Calcutta medical institutions reports 1879-81 [i.e.91]
Year: 1879
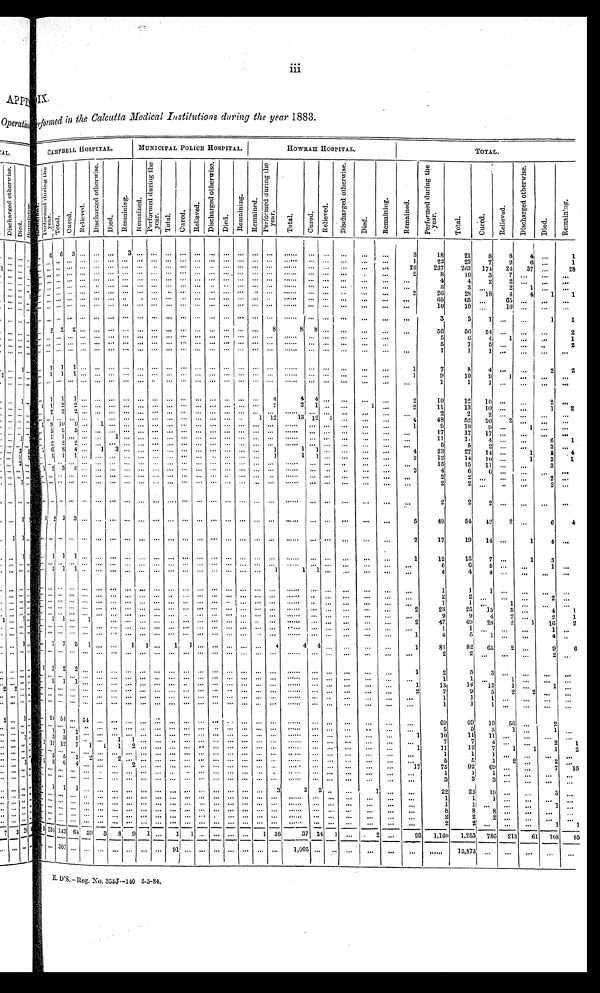
IX.
fo rmed in the Calcutta Medical Institutions during the year 1883.
CAMPBELL HOSPITAL.
MUNICIPAL POLICE HOSPITAL.
HOWRAH HOSPITAL.
TOTAL.
R e m a i n e d .
P e r f o r m e d d u r i n g t h e y e a r . Total.
Cur ed.
Relieved.
D i s c h a r g e d o t h e r w i s e .
Di ed.
Re ma i n i n g .
R e ma i n e d .
P e r f o r m e d d u r i n g t h e y e a r .
Tot al . Cu r e d .
R e l i e v e d .
D i s c h a r g e d o t h e r w i s e .
Died.
Re ma i n i n g . Re ma i n e d .
P e r f o r m e d d u r i n g t h e y e a r .
Total.
C u r e d .
Re l i e v e d .
D i s c h a r g e d o t h e r w i s e .
Died.
Re ma i n i n g .
Remai ned.
P e r f o r m e d d u r i n g t h e y e a r .
T o t a l .
C u r e d .
Rel i eved.
D i s c h a r g e d o t h e r w i s e .
D i e d .
Remaining.
...
6 6
3 ... ...
... 3
. . .
... ...
. . . ... ... ... ... ... . . .
...
. . .
...
...
...
...
3
18
21
8
8
4 ...
1
... ... ... .. ... ... ... ... ... ... ... ... ... ... ... ... ... ... ...
... ... ...
...
...
1
22
23
7
9
6 . . .
1
... ... ... ... ... ... ... ... ...
... ... ...
... ... ... .... ... . . .
...
... ... ...
...
...
2 6
2 3 7
2 6 3
1 7 4
24
3 7 . . .
2 8
... ... ... ... ... ... ... ... ... ... ... ... ... ... ... ... ... . . .
...
... ... ...
...
...
2
8
1 0 3
7
. . .
. . .
. . .
... ... ... ... ... ... ... ... ... ... ... ... ... ... ... . . .
... . . .
...
... ... ...
...
...
...
4
42
2
. . .
. . .
. . .
... ... ... ... ... ... ... ... ... ... ... ... ... ... ... ... ... . . .
...
... ... ...
...
...
...
3
3 . . .
2
1
. . .
. . .
... ... ... ... ... ... ... ... ... ... ... ... ... ... ... ... ... . . .
...
... ... ...
...
...
2
2 6
2 8
1 8
4 4
1 1
... ... ... ... ... ... ... ...
. . . ... ... ... ... ... ... ... ... . . .
...
... ... ...
...
...
...
6 5
6 5 . . .
65...
...
. . .
... ... ... ... ... ... ... ... ... ... ... ... ... ... ... ... ... . . .
...
... ... ...
...
...
...
1 0
1 0
. . .
10 ...
. . .
. . . .
... ... ... ... ... ... ... ... ... ... ... ... ... ... ... ... ... ... ...
... ... ...
...
...
...
3
3
1
... ...
1 1
...
2 2
2 ... ... ... ... ... ... ... ... ... ... ... ... ...
8
8
8 ... ...
...
...
...
5 6
5 6 5 4 ...
...
...
2
...
. . . . . . ... ... ... ... ... ... ... ... ... ... ... ... ... ...
. . . . . .
... ... ...
...
...
5
6 4
1
...
. . .
1
...
. . . . . . ... ... ... ... ... ... ... ... ... ... ... ... ... ... . . .
. . .
... ... ...
...
...
5
7 5
... ...
...
2
...
. . . . . . ... ... ... ... ... ... ... ... ... ... ... ... ... ... . . .
. . .
... ... ...
...
...
...
1
1 1
......
...
. . .
...
1 1 1 ... ... ... ... ... ... ... ... ... ... ... ... ...
. . .
. . .
... ... ...
...
...
1
7
8
4
...
. . .
2 2
...
1 1 1 ... ... ... ... ... ... ... ... ... ... ... ... ...
. . .
. . .
... ... ...
...
...
1
9
1 0 9
1
. . .
...
. . .
...
. . . . . . ... ... ...
... ... ... ... ...
... ... ... ... ... ... . . .
. . .
... ... ...
...
...
...
1
11
...
. . .
...
. . .
...
1 1 1 ... ... ... ... ... ... ... ... ... ... ...
... ...
4
4 4 ... ...
...
...
2
1 0
1 2 1 0 ...
. . .
2
. . .
1 1
2
2 ... ... ... ... ... ... ... ... ... ... ... ... ...
2
2 1 ... ...
...
...
2
1 1
1 3 1 0 ...
...
1 2
. . . 2
2
2 ... ... ... ... ... ... ...
. . . ... ... ... ... ...
. . .
. . .
... ... ...
...
...
...
2
2 2 ...
. . .
...
. . .
. . . . . . . . . . . . .
... ... ... ... ... ... ...
. . . ... ... ... ...
1
1 2
1 3 12
1 ...
...
...
4
4 8
5 2 5 0
2
. . .
...
. . .
1 9
1 0 9 ... 1
... ... ... ... ...
. . . ... ... ... ...
. . .
. . .
. . . ...
... ...
...
...
1
9
1 0 9 ...
1
. . .
. . .
. . . 5
5
5 ... ... ... ... ... ... ...
. . . ... ... ... ...
. . .
. . .
. . . ...
... ...
...
...
. . .
1 7
1 7 1 7 ...
. . .
. . .
. . .
. . . 1
1
. . .
... ... 1 ... ... ... ...
. . . ... ... ... ...
. . .
. . .
. . . ...
... ...
...
...
...
1 1
1 1 4 ...
. . .
6 1
. . . 2
2
2 ... ... ... ... ... ... ...
. . . ... ... ... ...
. . .
. . .
. . . ...
... ...
...
...
...
5
5
2 ...
...
3 . . .
2 6
8
4 ... 1
3 ... ... ... ...
. . . ... ... ... ...
. . .
1
1 1
... ...
...
...
4
2 3
2 7 1 4 ...
1
8
4
. . . 1
1
1 ... ... ... ... ... ... ...
. . . ... ... ... ...
. . .
1
1 1
... ...
...
...
2
1 2
1 4 1 0 ...
1
2
1
. . . . . . . . . ... ... ... ... ... ... ... ...
. . . ... ... ... ... ...
. . .
. . .
... ...
...
...
...
...
1 5
1 5 1 1
. . . . . .
3 . . .
1 2 3 3 ... ... ... ... ... ... ...
. . . ... ... ... ... ...
. . .
. . .
... ... ...
...
...
2
4
6 6 ...
...
...
. . .
. . . . . . . . . ... ... ... ... ... ... ... ...
. . . ... ... ... ... ...
. . .
. . .
... ... ...
...
...
...
2
2
. . .
...
2
. . .
. . . . . . . . .
... ... ... ... ... ...
...
...
. . . ... ... ... ...
...
. . .
. . . ... ...
...
...
...
...
2
2
. . .
...
. . .
2
. . .
. . . . . . . . .
... ... ... ... ... ... ... ...
. . . ... ... ... ... ...
. . .
. . .
... ... ...
...
...
. . .
2
2
2 ...
. . .
...
. . .
1 2
3 3 ... ... ... ... ... ... ...
. . . ... ... ... ... ...
. . .
. . . ... ... ...
...
...
5
4 9
5 4 4 2
2
...
6 4
. . . . . . . . . ... ... ... ... ... ... ... ...
. . . ... ... ... ... ...
. . .
. . .
... ... ...
...
...
2
1 7
1 9 1 4 ...
1
4
. . .
. . . 1 1
1 ... ... ... ... ... ... ...
. . . ... ... ... ... ...
. . .
. . .
... ...
...
...
...
1
1 2
1 3 7 ...
1
3
. . . . . . . . . ... ... ... ... ... ... ...
...
. . . ... ... ... ... ...
. . .
. . ... ... ...
...
...
. . .
6
6
5 ...
. . .
1 . . .
. . . 1
1 1 ... ... ... ... ... ... ...
. . . ... ... ... ... ...
1
1 1 ... ...
...
...
...
4
4 4 ...
...
...
. . .
. . . . . . . . . . . .... ... ...
. . . ... ... ...
. . . ... ... ... ... ...
. . .
. . .
... ... ...
...
...
. . .
1
1
1 ...
. . .
...
. . .
. . . . . .
. . .
... ... ... ... ... ... ... ...
. . . ... ... ... ... ...
. . .
. . .
... ... ...
...
...
...
2
2
. . . ...
. . .
2 . . .
. . . . . . . . . ... ... ... ... ... ... ... ...
. . . ... ... ... ... ...
. . .
. . .
... ...
...
...
...
...
1
1
. . . 1
. . .
...
. . .
. . . . . . . . .
... ... ... ... ... ... ... ...
. . . ... ... ... ... ...
. . .
. . . ... ... ...
...
...
2
2 3
2 5
1 5
5
...
4 1
. . . . . .
. . .
... ... ... ... ... ... ... ...
. . . ... ... ... ... ...
. . .
. . .
... ...
...
...
...
. . .
9
9
4
2
3
1
. . . 1 1 ...
1 ... ... ... ...
...
. . .
. . . ... ... ... ... ...
. . .
. . . ... ... ...
...
...
2
4 7
4 9 2 8
2
1
1 6
2
. . . . . . . . . ... ... ... ... ... ... ... ...
. . . ... ... ... ... ...
. . .
. . .
... ...
...
...
...
...
1
1 . . .
...
. . .
1
. . .
. . . ... ... ... ...
...
...
...
...
...
...
...
...
...
...
...
...
...
...
...
...
...
...
...
1
4
5
1 ...
...
4
. . .
. . . 7 7
5
1 ... ...
1
1 ...
1
1 ... ... ... ... ...
4
4 4 ... ...
...
...
1
8 1
8 2 6 5
2
...
9 6
. . . . . . . . . . . .
. . .
... ...
. . .
. . .
...
. . . . . . ... ... ... ... ...
. . .
. . . ... ... ...
...
...
. . .
2
2
. . .
...
. . .
2
. . .
1 1
2
2 ... ... ... ... ... ... ... ... ... ... ... ... ... ...
...
... ...
...
...
...
1
2
3
3
...
. . . .
...
. . .
. . . . . . . . . ... ... ... ... ... ... ... ... ... ... ... ... ... ... ... ...
... ...
...
... ...
. . .
1
1
. .
1
. . .
...
. . .
. . . 1 1 1 ... ... ... ... ... ... ... ... ... ... ... ... ... ... ...
... ... ...
...
...
1
1 3
1 4
1 2
1
. . .
1 . . .
. . . . . . . . . ... ... ...
... ... ... ... ... ... ... ...
... ... ... ...
...
... ...
...
...
...
2
7
9
5
2
2
...
. . .
. . . . . . . . . ... ... ... ... ... ... ... ... ... ... ... ... ... ... ...
...
... ...
...
...
...
. . .
1
1
1 ...
...
. . .
. . .
. . .
. . . . . . ... ... ... ... ... ... ... ... ... ... ... ... ... ... ...
...
... ...
...
...
...
. . .
1
1
1 ...
...
. . .
. . .
. . .
5 4 5 4 ... 54 ... ... ... ...
. . . ...
. . . ... ... ... ... ...
. . .
. . . ... ... ...
. . .
. . .
. . .
6 9
6 9 1 0
5 6
. . .
2
. . . . . . . . . ...
. . . ...
. . . ... ... ... ...
. . . ..
. . . ... ... ...
. . .
. . .
... ...
...
. . .
. . .
. . .
5
5
3
1
...
1 . . .
. . . 1
1
1
. . .
...
... ... ... ... ...
. . . ... ... ... ...
...
. . .
. . .
...
...
. . .
. . . . . .
1
1 0
1 1 1 1
... ... ...
. . .
. . . 3
3
1 ... ...
1 1 ... ... ...
. . . ... ... ... ... ...
. . .
. . . ... ...
. . .
. . .
. . .
. . .
7
7
4 ...
...
2
1
1 1 1 1 2 7
1 1
1 2 ... ...
...
. . . ... ... ...
. . . ...
. . .
. . .
... ...
. . .
. . .
. . .
1
1 1
1 2 7
1
1
1 2
. . . . . . . . . . . .
. . .
....
... ... ... ... ...
. . . ... ... ... ... ....
. . .
. . . ... ...
. . .
. . . . . .
. . .
1
1
1
...
. . .
...
. . .
. . . 5
5
1
2 ...
2 ... ... ... ...
. . . ... ... ... ... ...
. . .
. . . ... ...
. . .
. . .
. . .
. . .
5
5
1
2
. . .
2 . . .
1 5
6
4 ... ... ... ... ... ... ...
. . . . ... ... ... ... ...
. . .
. . .
...
. . .
. . .
. . .
. . .
1 7
7 5
9 2 6 9 . . .
. . .
7
1 6
. . . . . . . . . ... ... ...
... ... ... ... ...
. . . ... ... ... ...
. . . . . .
. . .
... ...
...
...
. . .
...
1
1
1
. .
...
. . .
. . .
. . .
. . . . . . ...
...
...
...
...
...
...
...
...
...
...
...
...
...
...
...
...
...
. . .
. . . . . .
. . .
3
3
3
. . .
. . .
. . .
. . .
. . .
1
1
1 ... ... ... ... ... ... ... ... ... ... ... ... ...
3
3
2
. . . ...
1 . . .
. . .
2 2
2 2
1 9
. . .
. . .
3 . . .
. . . ... ... ... ...
... ... ... ... ... ... ... .... ... ... ... ...
. . .
. . .
... ...
...
. . .
. . .
. . .
1
1
1 ...
. . .
. . .
. . .
. . . ... ... ... ... ... ... ... ... ... ... ... ... ... ... ... ...
. . .
. . .
... ...
...
. . .
. . .
. . .
1
1
. . . . . .
. . .
1
. . .
. . . ... ... ... ... ...
... .... ... ... ... ... ... ... ... ... ...
. . .
. . .
... ...
...
. . .
. . .
. . .
8
8
8 ...
. . .
. . . . . .
. . . ... ... ... ... ... ... ... ... ... ... ... ...
... ... ... ...
. . .
. . .
... ...
...
. . .
. . .
. . .
2
2
2 ...
. . .
. . .
. . .
. . .
... ... ... ... ... ... ... ... ... ... ... ... ... ... ... ...
. . .
. . .
... ...
...
. . .
. . .
. . .
2
2
. . . ...
. . .
1
1
9
134
1 4 3 6 4
5 9
3
8
9 1 ... 1
1 ... ... ... ... 1
3 6
3 7 34 1 ...
2 . . .
9 3
1 , 1 6 0
1 , 2 5 3
7 8 6
2 1 3
61
1 0 8
8 5
. . . . . . 3 0 7
... ... ... ... ... ... ... 91
. . .
... ... ... ... ...
. . .
1 , 0 0 5
... ... ...
...
...
. . .
. . .
1 5 , 8 7 3 . . .
. . .
. . .
. . .
. . .
E. D' S. —Reg. No. 335J—140 5-5-84.